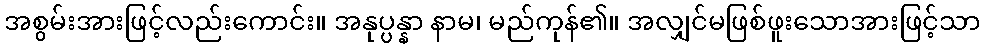
အစွမ်းအားဖြင့်လည်းကောင်း။ အနုပ္ပန္နာ နာမ၊ မည်ကုန်၏။ အလျှင်မဖြစ်ဖူးသောအားဖြင့်သာ